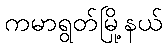
ကမာရွတ်မြို့နယ်